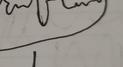
Signature authenticity: forged